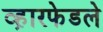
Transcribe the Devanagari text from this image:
व्ह़ारफेडले